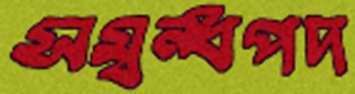
সম্বন্ধপদ